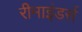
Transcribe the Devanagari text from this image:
रीमाइंडर्स